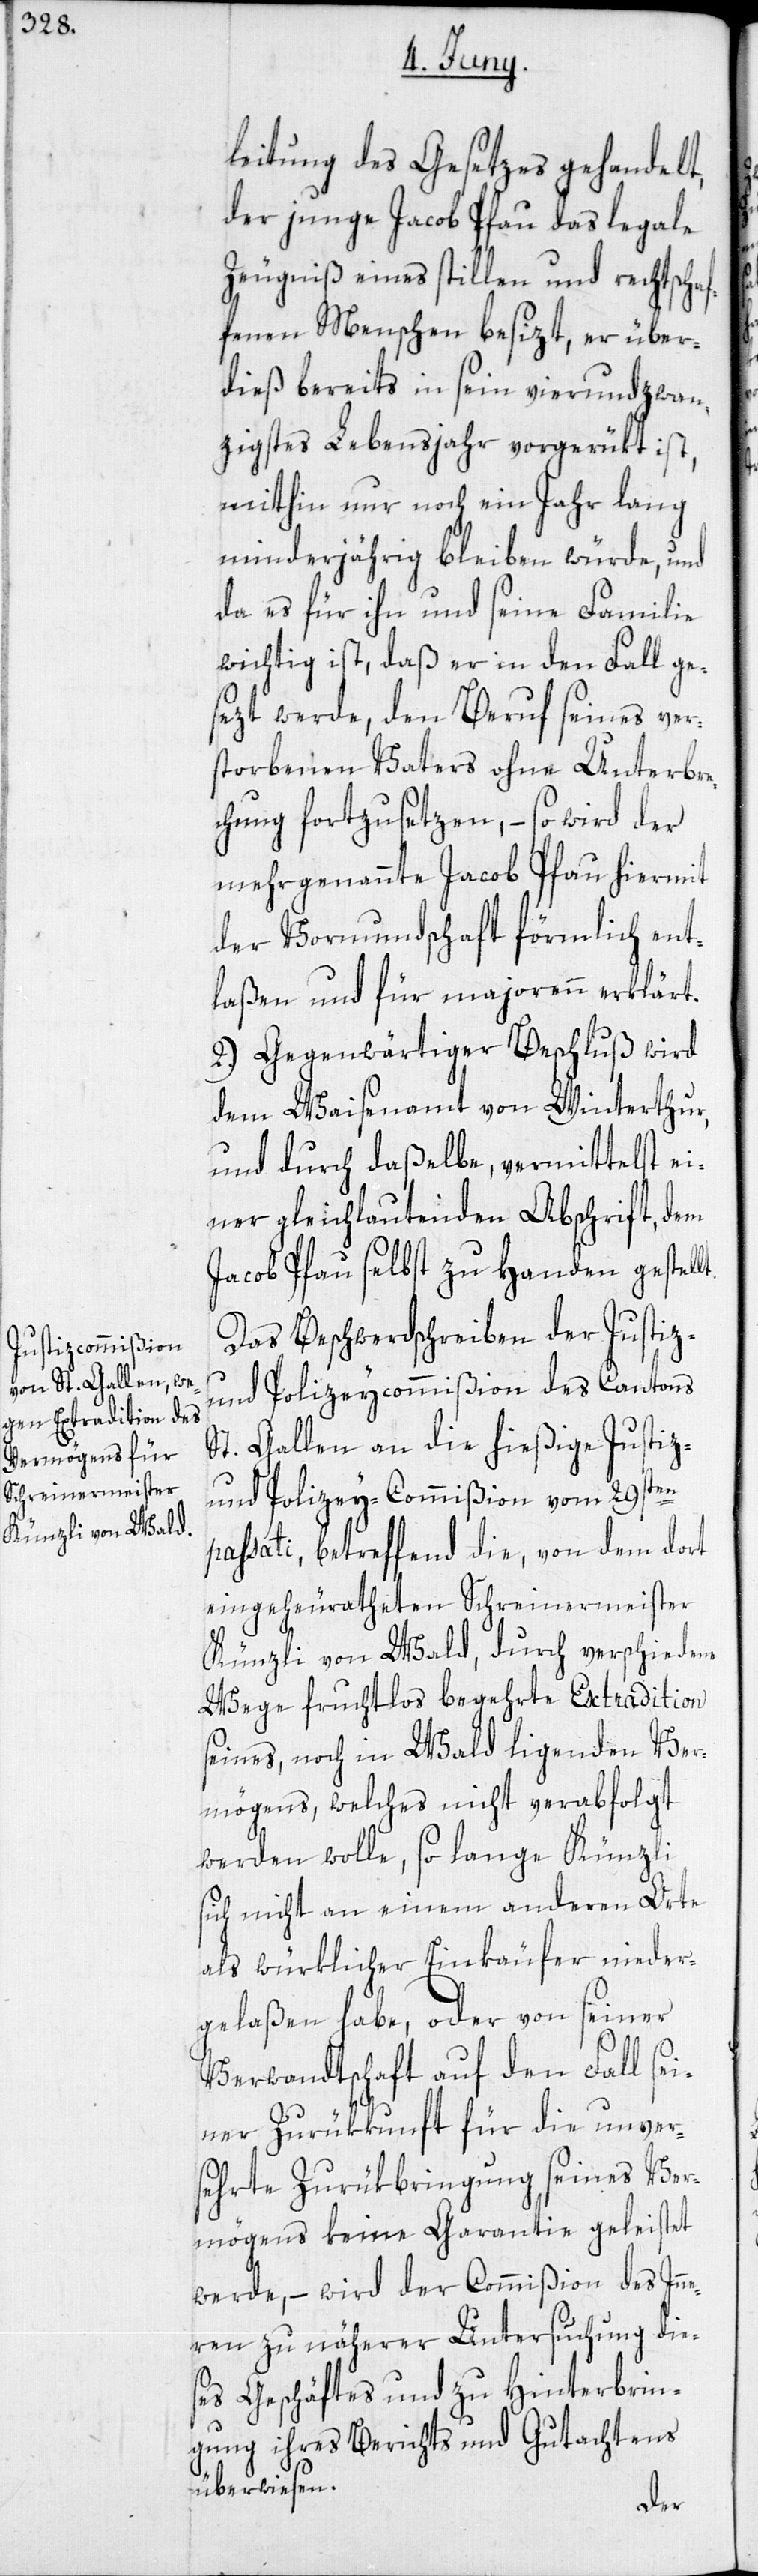
t.

leitung des Gesetzes gehandelt,
der junge Jacob Pfau das legale
Zeugniß eines stillen und rechtschaf¬
fenen Menschen besizt, er über¬
dieß bereits in sein vierundzwan¬
zigstes Lebensjahr vorgerükt ist,
mithin nur noch ein Jahr lang
minderjährig bleiben würde, und
da es für ihn und seine Familie
wichtig ist, daß er in den Fall ge¬
sezt werde, den Beruf seines ver¬
storbenen Vaters ohne Unterbre¬
chung fortzusetzen, – so wird der
mehrgenannte Jacob Pfau hiermit
der Vormundschaft förmlich ent¬
laßen und für majorenn erklärt.
2.) Gegenwärtiger Beschluß wird
dem Waisenamt von Winterthur,
und durch daßelbe, vermittelst ei¬
ner gleichlautenden Abschrift, dem
Jacob Pfau selbst zu Handen gestell¬
Das Beschwerdschreiben der Justiz-
und Polizeycommißion des Cantons
St. Gallen an die hießige Justiz-
und Polizey-Commißion vom 29sten
passati, betreffend die, von dem dort
eingeheurateten Schreinermeister
Künzli von Wald, durch verschiedene
Wege fruchtlos begehrte Extradition
seines, noch in Wald ligenden Ver¬
mögens, welches nicht verabfolgt
werden wolle, so lange Künzli
sich nicht an einem anderen Orte
als würklicher Einkäufer nieder¬
gelaßen habe, oder von seiner
Verwandtschaft auf den Fall se¬
iner Zurükkunft für die unver¬
sehrte Zurükbringung seines Ver¬
mögens keine Garantie geleistet
werde, – wird der Commißion des Inn¬
eren zu näherer Untersuchung die¬
ses Geschäftes und zu Hinterbrin¬
gung ihres Berichts und Gutachtens
überwiesen.